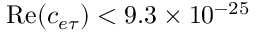
\mathrm { R e } ( c _ { e \tau } ) < 9 . 3 \times 1 0 ^ { - 2 5 }